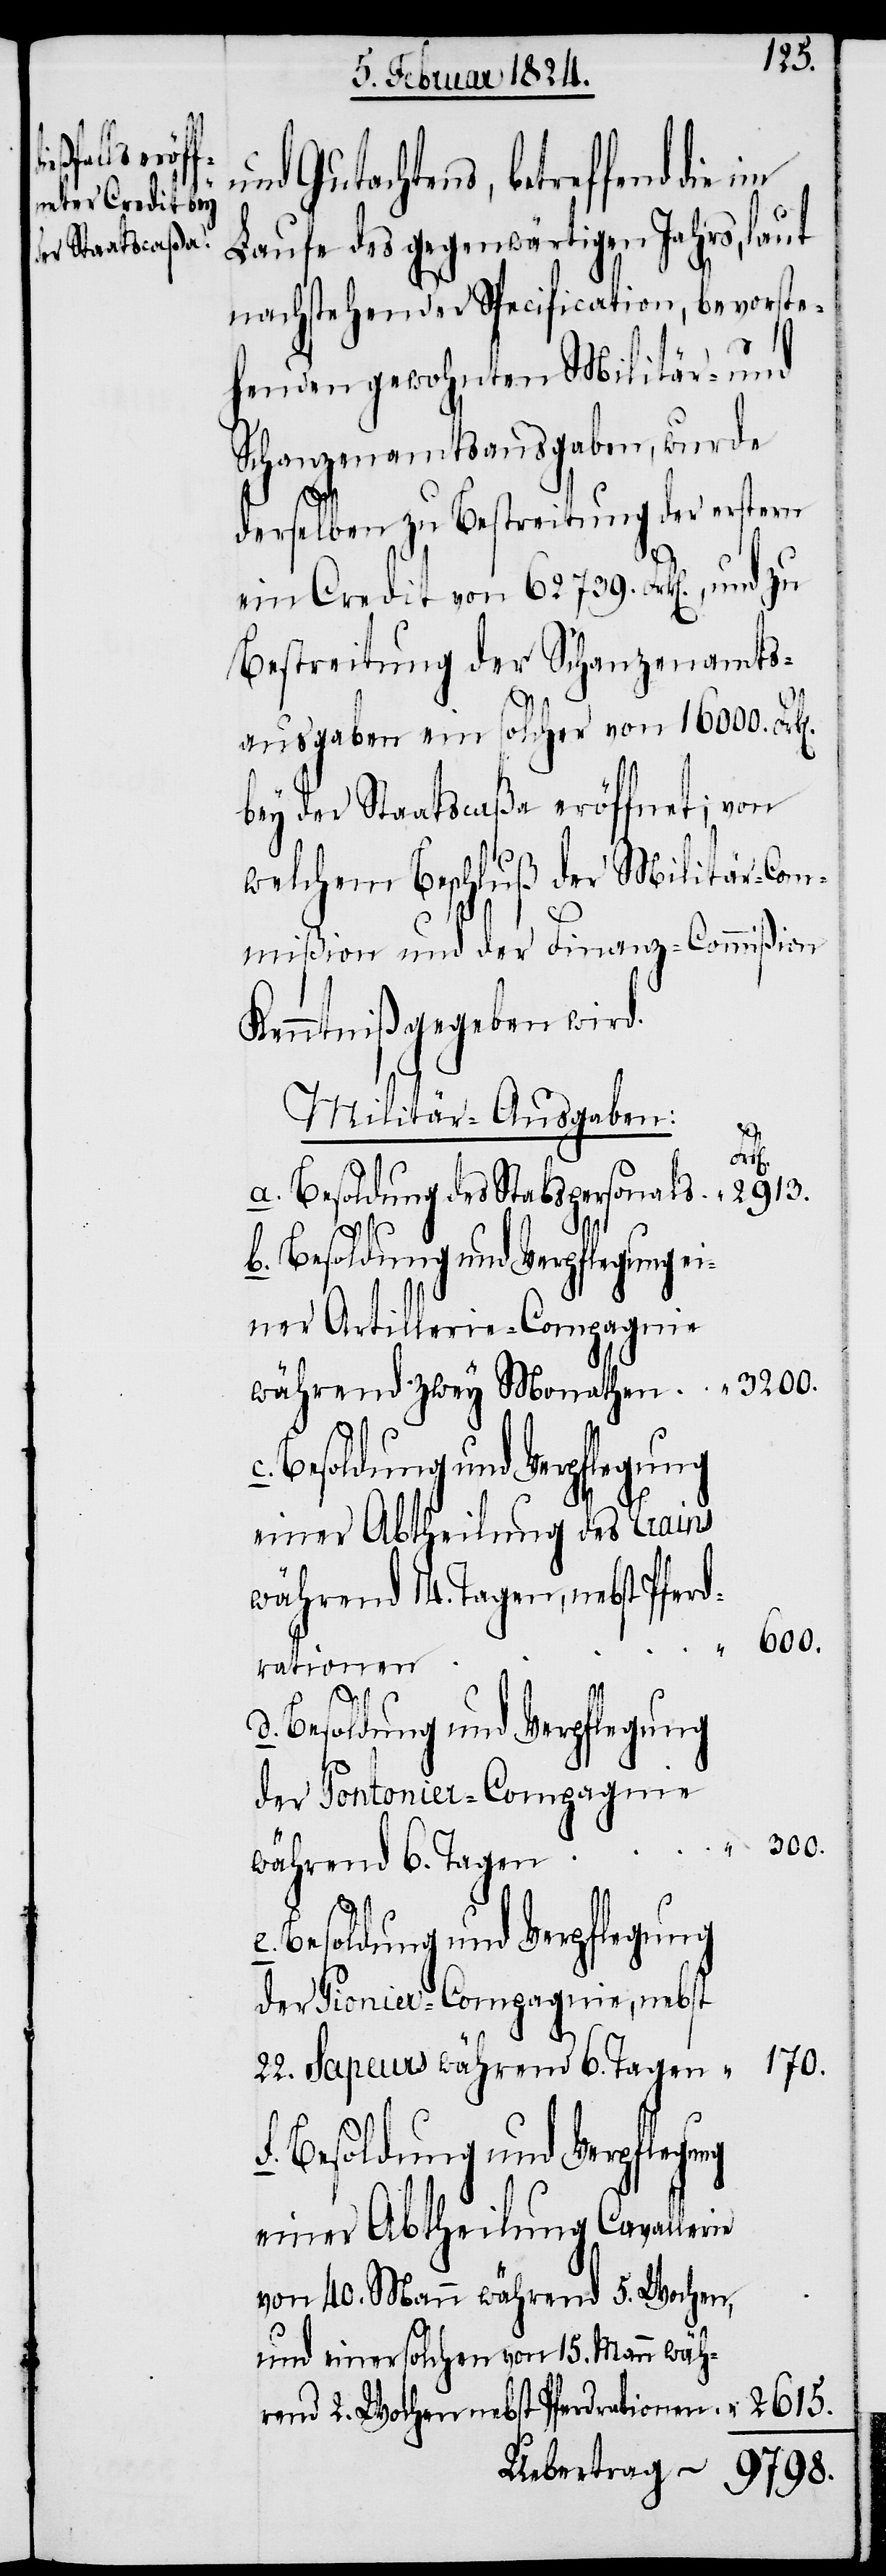
2615.
nd Gutachtens, betreffend die
Laufe des gegenwärtigen Jahrs, laut
nachstehender Specification, bevorste¬
henden gewohnten Militär- und
Schanzenamtsausgaben, wurde
derselben zu Bestreitung der erstern
ein Credit von 62739. Frk[en]., und
Bestreitung der Schanzenamts¬
ausgaben ein solcher von 16000. Frk[e¬
bey der Staatscaßa eröffnet; von
welchem Beschluß der Militär-Com¬
mißion und der Finanz-Commißion
Kenntniß gegeben wird.
Militär-Ausgaben:
ie
Besoldung des Stabspersonals
einer Artillerie-Compagnie
während zwey Monathen.
einer Abtheilung des Trains
während 14. Tagen, nebst Pferde¬
rationen.
der Pontonier-Compagnie
300.
während 6. Tagen
Besoldung und Verpflegung
der Pionier-Compagnie, nebst
170.
22. Sapeurs während 6. Tagen
einer Abtheilung Cavaller¬
von 40. Mann während 5. Wochen,
und einer solchen von 15. Mann wäh¬
rend 2. Wochen nebst Pferderationen.